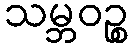
သမ္ဘဝဉ္စ